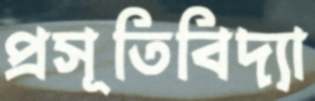
প্রসূতিবিদ্যা